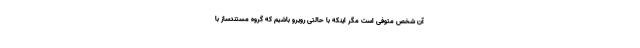
آن شخص متوفی است مگر اینکه با حالتی رویرو باشیم که گروه مستندساز با